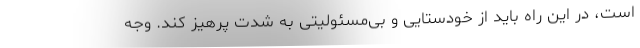
است، در این راه باید از خودستایی و بی‌مسئولیتی به شدت پرهیز کند. وجه